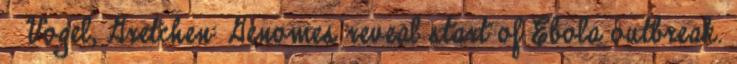
↑ Vogel, Gretchen: Genomes reveal start of Ebola outbreak.